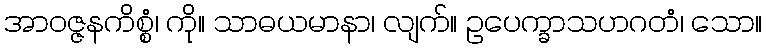
အာဝဇ္ဇနကိစ္စံ၊ ကို။ သာဓယမာနာ၊ လျက်။ ဥပေက္ခာသဟဂတံ၊ သော။